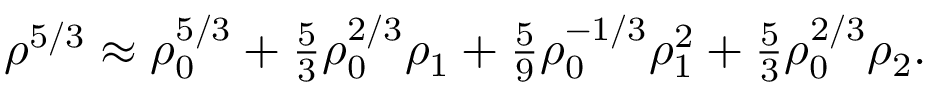
\begin{array} { r } { \rho ^ { 5 / 3 } \approx \rho _ { 0 } ^ { 5 / 3 } + \frac { 5 } { 3 } \rho _ { 0 } ^ { 2 / 3 } \rho _ { 1 } + \frac { 5 } { 9 } \rho _ { 0 } ^ { - 1 / 3 } \rho _ { 1 } ^ { 2 } + \frac { 5 } { 3 } \rho _ { 0 } ^ { 2 / 3 } \rho _ { 2 } . } \end{array}